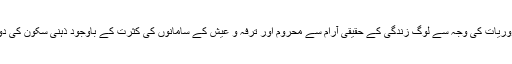
بے جا معاشی ضروریات کی وجہ سے لوگ زندگی کے حقیقی آرام سے محروم اور ترفہ و عیش کے سامانوں کی کثرت کے باوجود ذہنی سکون کی دولت سے ناآشنا ہیں۔